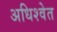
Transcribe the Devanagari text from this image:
अधिश्वेत